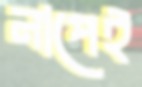
নাপেই